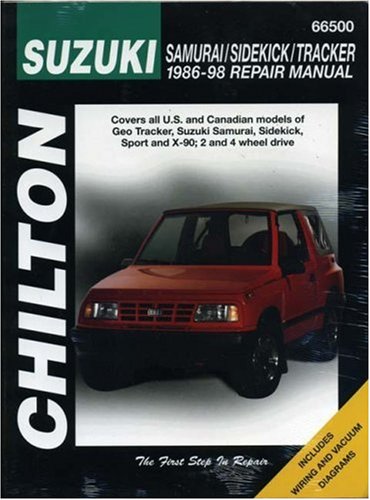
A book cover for Suzuki Samurai, Sidekick, and Tracker, 1986-98 (Chilton Total Car Care Series Manuals); Chilton; Engineering & Transportation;